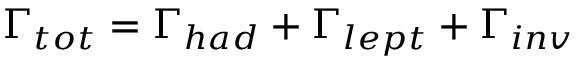
\Gamma _ { t o t } = \Gamma _ { h a d } + \Gamma _ { l e p t } + \Gamma _ { i n v }